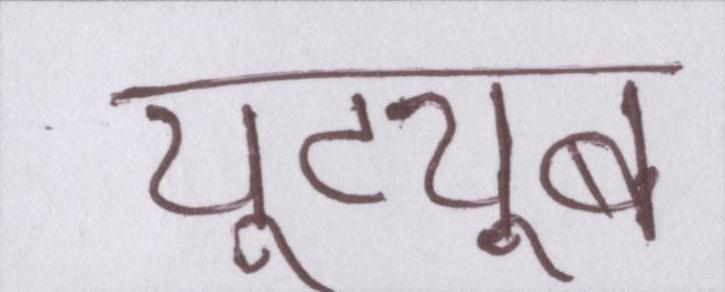
यूट्यूब